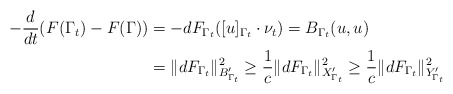
\begin{align*}\begin{aligned}-\frac{d}{dt}(F(\Gamma_t)-F(\Gamma))&=-dF_{\Gamma_t}([u]_{\Gamma_t}\cdot\nu_t)=B_{\Gamma_t}(u,u)\\&=\|d F_{\Gamma_t}\|_{B'_{\Gamma_t}}^2\ge \frac1c \|dF_{\Gamma_t}\|_{X'_{\Gamma_t}}^2\ge \frac1c \|dF_{\Gamma_t}\|_{Y'_{\Gamma_t}}^2\end{aligned}\end{align*}